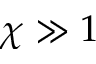
\chi \gg 1